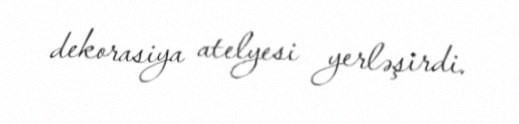
dekorasiya atelyesi yerləşirdi.